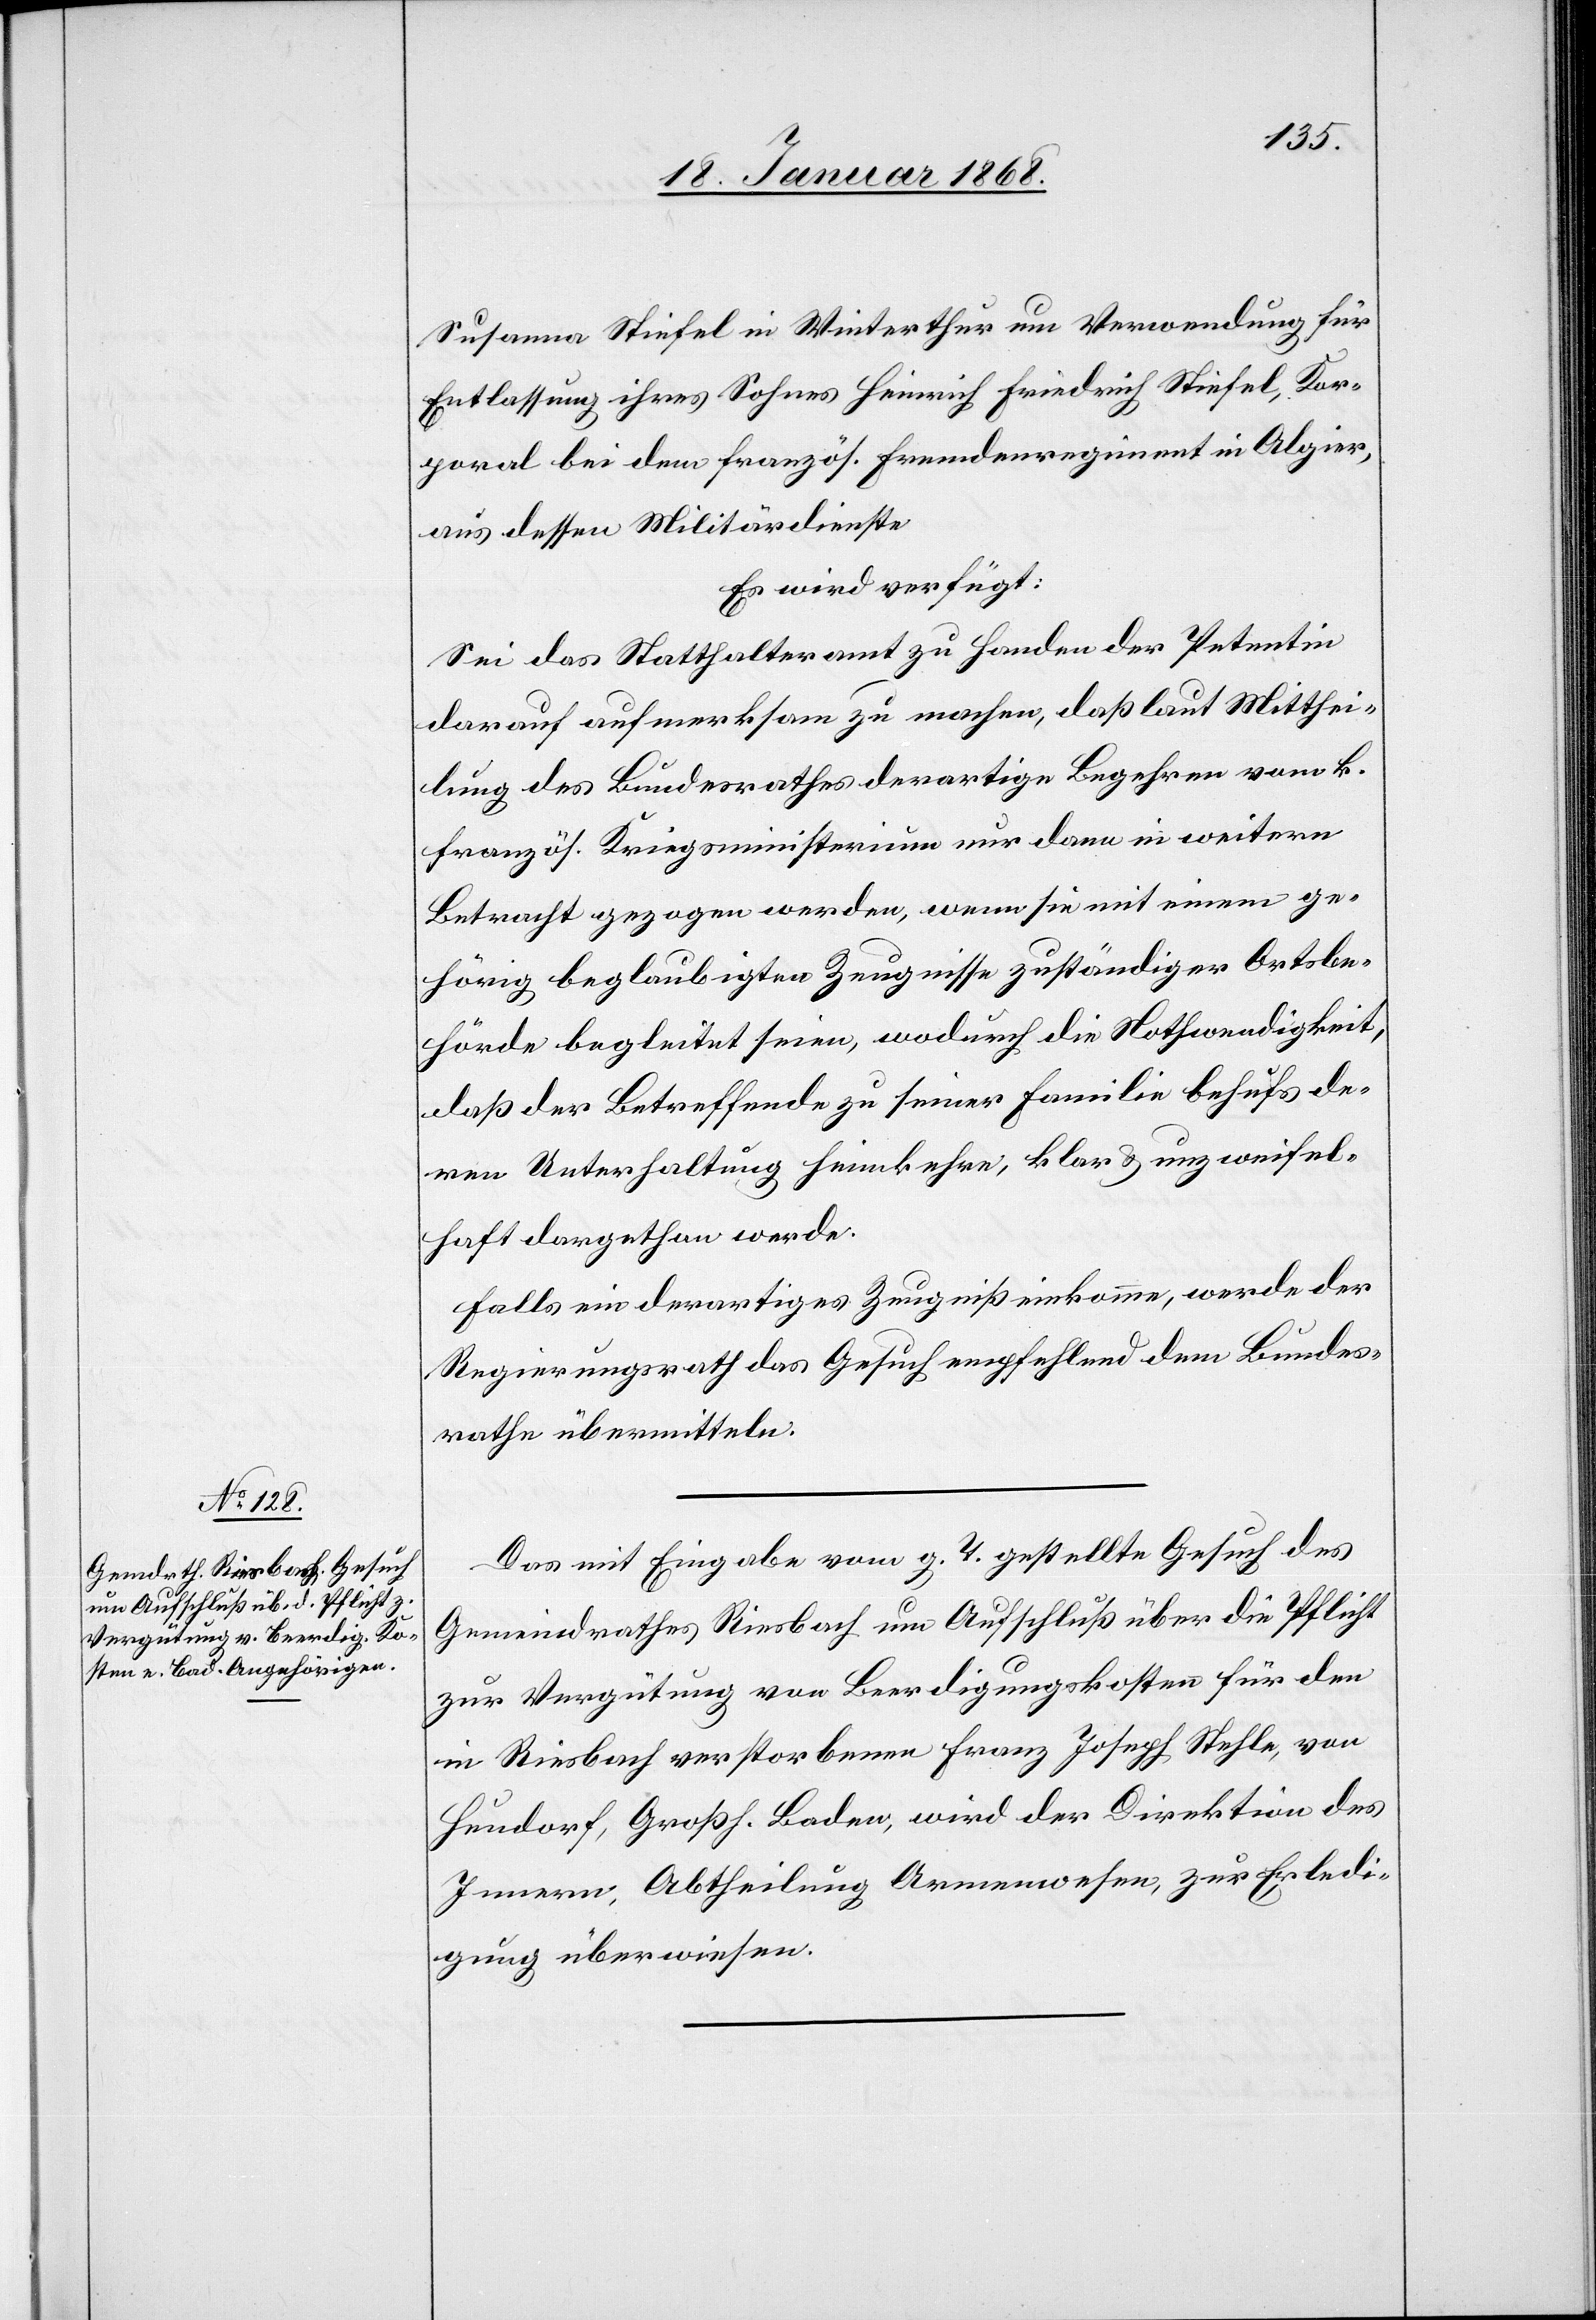
18. Januar 1868.]
Susanna Stiefel in Winterthur um Verwendung für
Entlassung ihres Sohnes Heinrich Friedrich Stiefel, Kor¬
poral bei dem französ. Fremdenregiment in Algier,
aus dessen Militärdienste
Es wird verfügt:
Sei das Statthalteramt zu Handen der Petentin
darauf aufmerksam zu machen, daß laut Mitthei¬
lung des Bundesrathes derartige Begehren vom k.
französ. Kriegsministerium nur dann in weitern
Betracht gezogen werden, wenn sie mit einem ge¬
hörig beglaubigten Zeugnisse zuständiger Ortsbe¬
hörde begleitet seien, wodurch die Nothwendigkeit,
daß der Betreffende zu seiner Familie behufs de¬
ren Unterhaltung heimkehre, klar & unzweifel¬
haft dargethan werde.
Falls ein derartiges Zeugniß einkomme, werde der
Regierungsrath das Gesuch empfehlend dem Bundes¬
rathe übermitteln.
Das mit Eingabe vom g. T. gestellte Gesuch des
Gemeindrathes Riesbach um Aufschluß über die Pflicht
zur Vergütung von Beerdigungskosten für den
in Riesbach verstorbenen Franz Joseph Stehle, von
Heudorf, Großh. Baden, wird der Direktion des
Innern, Abtheilung Armenwesen, zur Erledi¬
gung überwiesen.